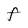
Character: f